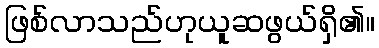
ဖြစ်လာသည်ဟုယူဆဖွယ်ရှိ၏။